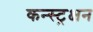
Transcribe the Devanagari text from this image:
कन्स्ट्रक्षन